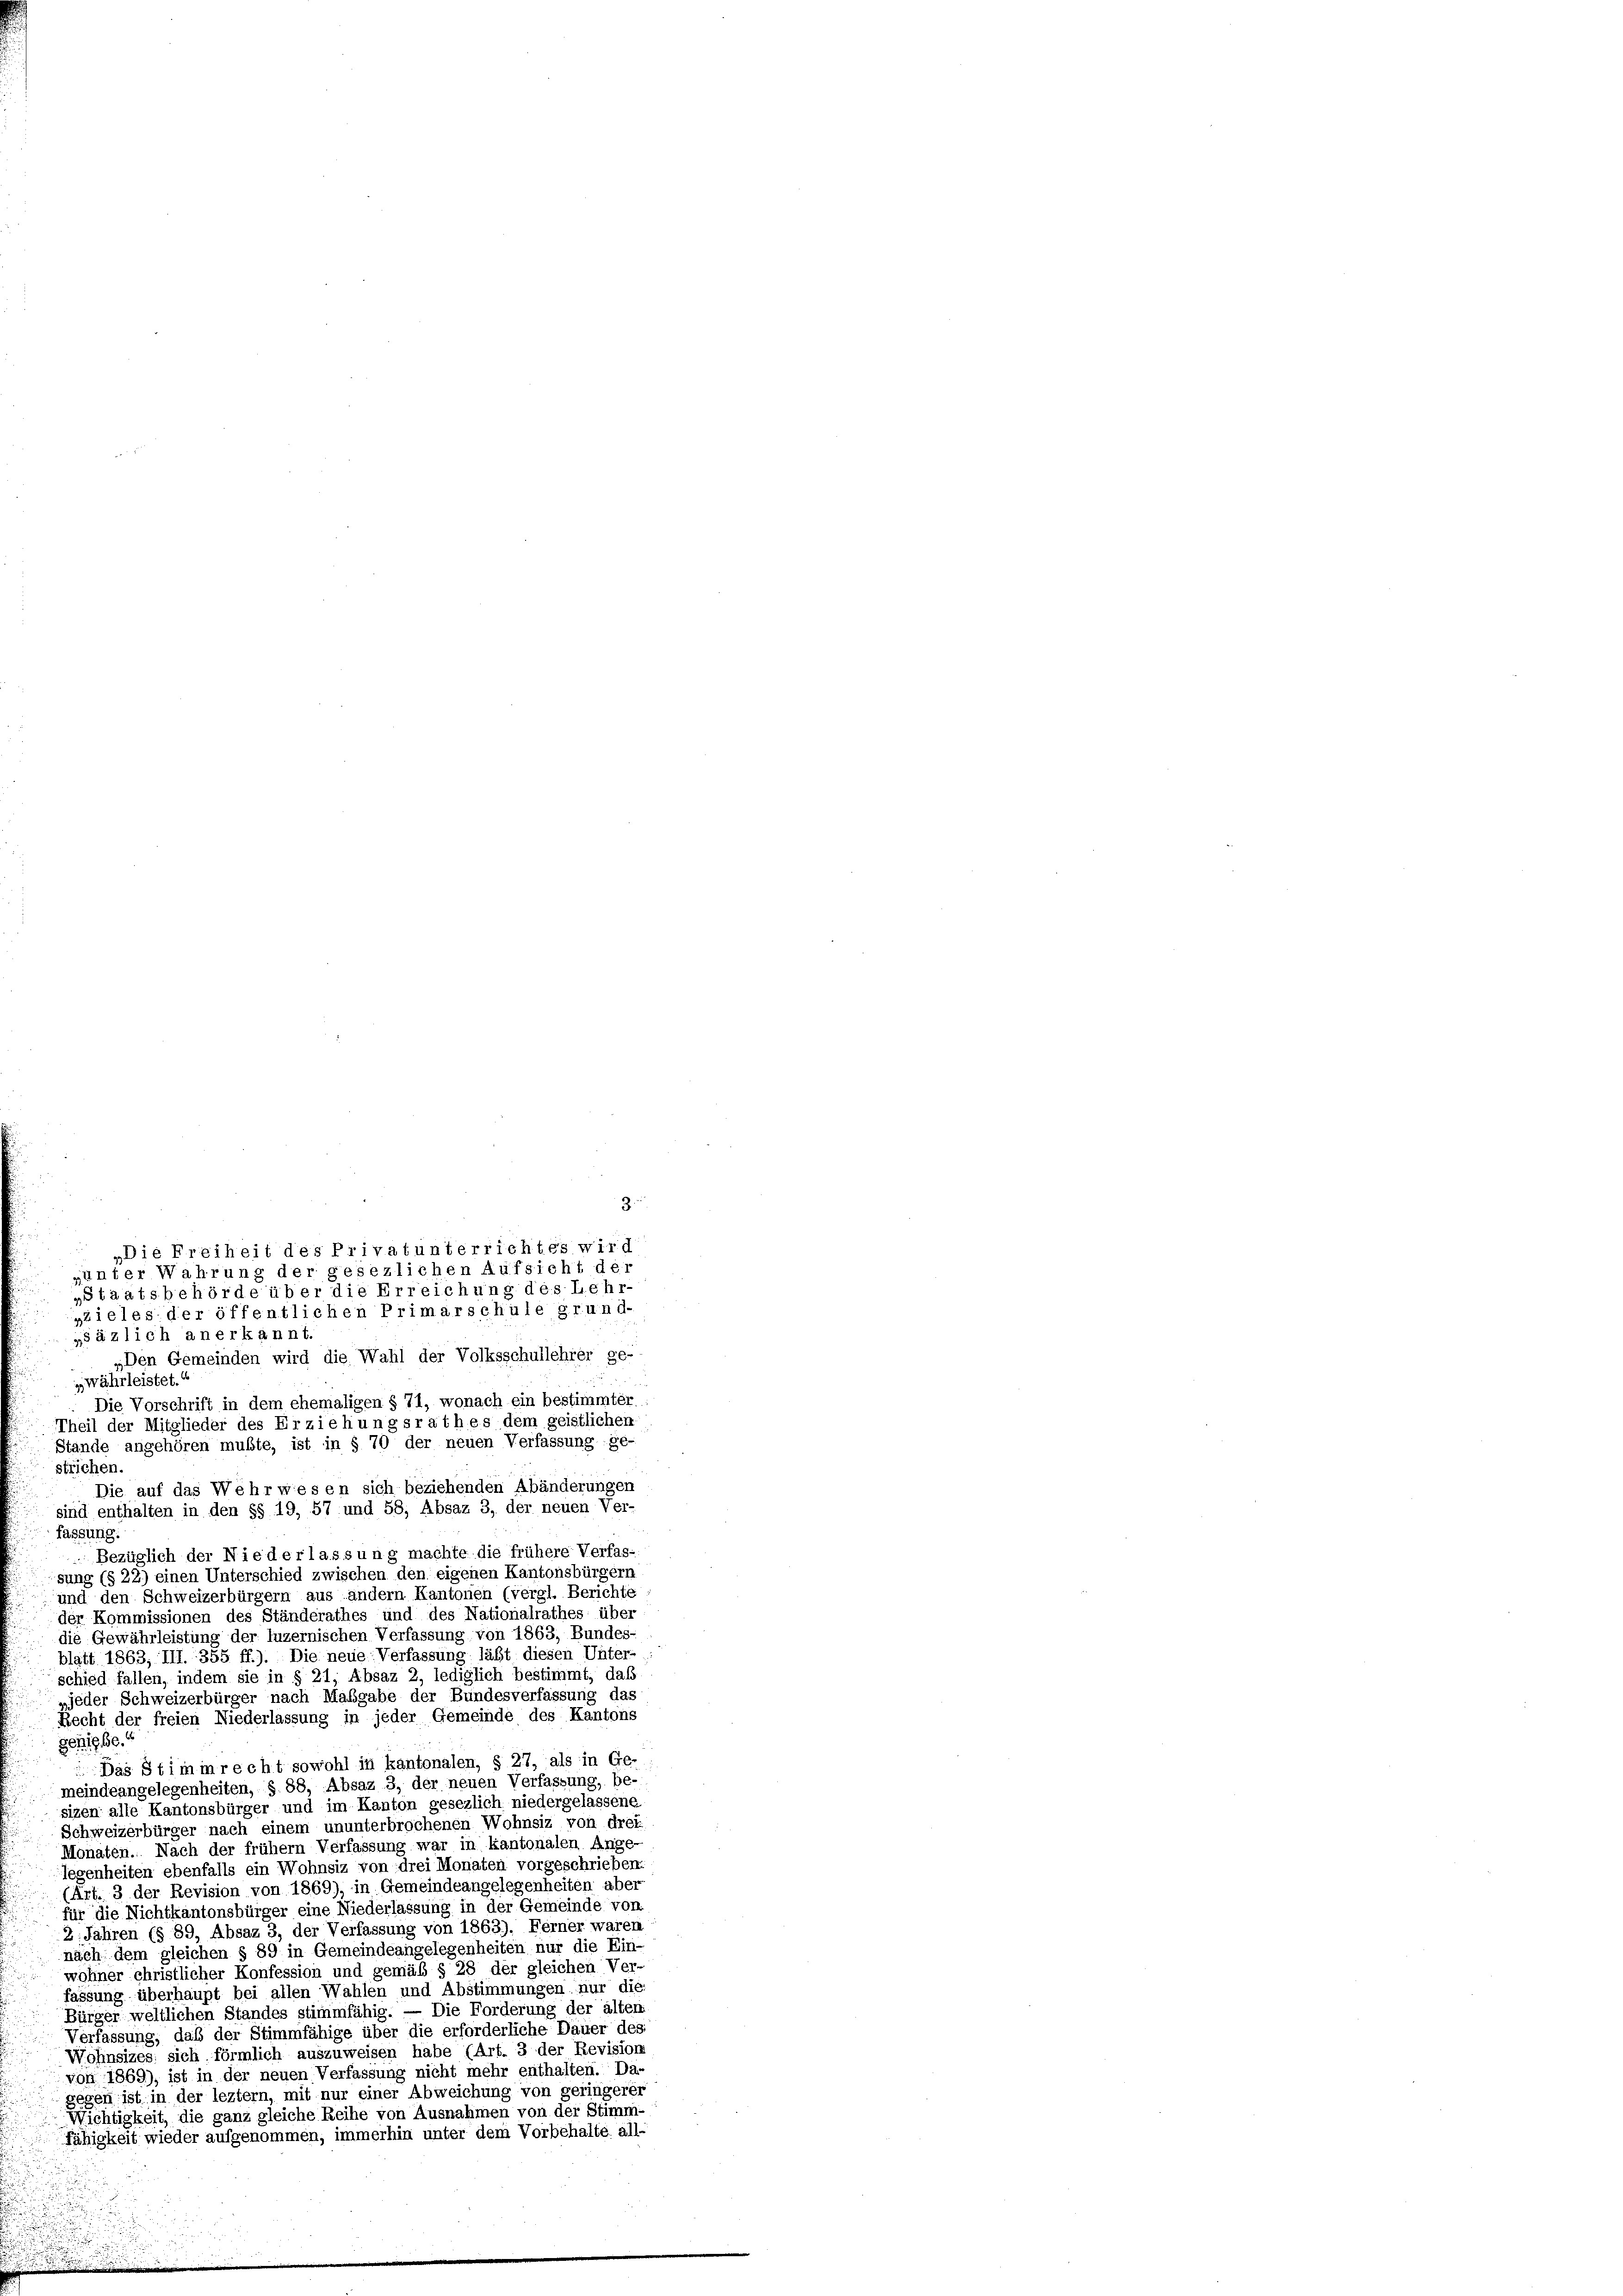
„Staatsbehörde über die Erreichung des Lehr-
»zieles der öffentlichen Primarschule grund-
„àzlich an erkannt.
Den Gemeinden wird die Wahl der Volksschullehrer ge-
„währleistet.“
strichen.
Die auf das Wehrwesen sich beziehenden Abänderungen
sind enthalten in den §§ 19, 57 und 58, Absaz 3, der neuen Ver-
fassung:
Bezüglich der Niederlassung machte die frühere Verfas-
sung (§ 22) einen Unterschied zwischen den eigenen Kantonsbürgern
und den Schweizerbürgern aus andern Kantonen (vergl. Berichte
der Kommissionen des Ständerathes und des Nationalrathes über
die Gewährleistung der luzernischen Verfassung von 1863, Bundes-
blatt 1863, III. 355 ff.). Die neue Verfassung läßt diesen Unter-
schied fallen, indem sie in § 21, Absaz 2, lediglich bestimmt, daß
jeder Schweizerbürger nach Maßgabe der Bundesverfassung das
Recht der freien Niederlassung in jeder Gemeinde des Kantons
gehigbe.“
Das Stimmrecht sowohl in kantonalen, § 27, als in Ge-
meindeangelegenheiten, § 88, Absaz 3, der neuen Verfassung, be-
sizen alle Kantonsbürger und im Kanton gesezlich niedergelassene
Schweizerbürger nach einem ununterbrochenen Wohnsiz von drei
Monaten. Nach der frühem Verfassung war in kantonalen Ange-
legenheiten ebenfalls ein Wohnsiz von drei Monaten vorgeschrieben,
(Art. 3 der Revision von 1869), in Gemeindeangelegenheiten aber
für die Nichtkantonsbürger eine Niederlassung in der Gemeinde von
2. Jahren (§ 89, Absaz 3, der Verfassung von 1863). Ferner waren
nach dem gleichen § 89 in Gemeindeangelegenheiten nur die Ein-
wohner christlicher Konfession und gemäß § 28 der gleichen Ver-
fassung überhaupt bei allen Wahlen und Abstimmungen nur die
Bürger weltlichen Standes stimmfähig. — Die Forderung der alten
Verfassung, daß der Stimmfähige über die erforderliche Dauer des
Wohnsizes sich förmlich auszuweisen habe (Art. 3 der Revision
von 1869), ist in der neuen Verfassung nicht mehr enthalten. Da-
gegen ist, in der leztem, mit nur einer Abweichung von geringerer
Wichtigkeit, die ganz gleiche Reihe von Ausnahmen von der Stimm
Fähigkeit wieder aufgenommen, immerhin unter dem Vorbehalte all-

Die Vorschrift in dem ehemaligen § 71, wonach ein bestimmter,
Theil der Mitglieder des Erziehungsrathes dem geistlichen
Stände angehören mußte, ist in § 70 der neuen Verfassung ge-

3.
„Die Freiheit des Privatunterrichtes wird
„unter Wahrung der gesezlichen Aufsicht der